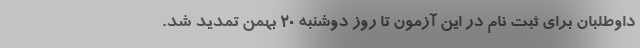
داوطلبان برای ثبت نام در این آزمون تا روز دوشنبه ۲۰ بهمن تمدید شد.